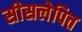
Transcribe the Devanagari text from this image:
सीसलेपित